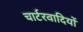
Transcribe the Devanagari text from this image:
चार्टरवादियों